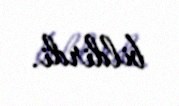
bildirdi.